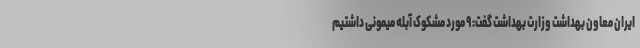
ایران معاون بهداشت وزارت بهداشت گفت: ۹ مورد مشکوک آبله میمونی داشتیم